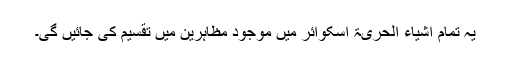
یہ تمام اشیاء الحریۃ اسکوائر میں موجود مظاہرین میں تقسیم کی جائیں گی۔